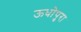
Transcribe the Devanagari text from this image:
ऊधोपुरा